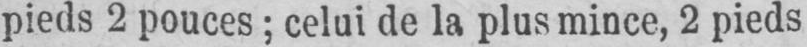
pieds 2 pouces; celui de la plus mince, 2 pieds